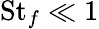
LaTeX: \mathrm{St}_{f}\ll 1